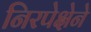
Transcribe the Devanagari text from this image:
निरपेक्षेने